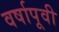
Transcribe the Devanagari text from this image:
वर्षापूवी